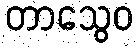
တာသွေဝ